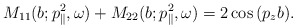
\begin{align*} M_{11}(b; p_{\parallel}^2, \omega) + M_{22}(b; p_{\parallel}^2, \omega) = 2\cos{(p_z b)}.\end{align*}